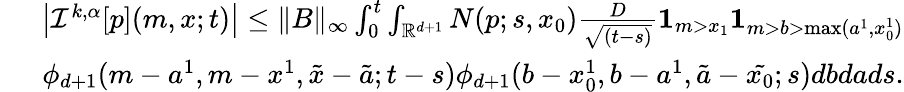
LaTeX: \begin{array}{r}{\left|{\mathcal I}^{k,\alpha}[p](m,x;t)\right|\leq\| B\| _{\infty}\int_{0}^{t}\int_{{\mathbb R}^{d+1}}N(p;s,x_{0})\frac{D}{\sqrt{(t-s)}}{\mathbf 1}_{m>x_{1}}{\mathbf 1}_{m>b>\operatorname*{max}(a^{1},x_{0}^{1})}}\\ {~~~~~~\phi_{d+1}(m-a^{1},m-x^{1},\tilde{x}-\tilde{a};t-s)\phi_{d+1}(b-x_{0}^{1},b-a^{1},\tilde{a}-\tilde{x_{0}};s)dbdads.}\end{array}